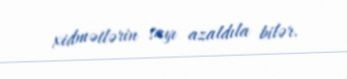
xidmətlərin sayı azaldıla bilər.